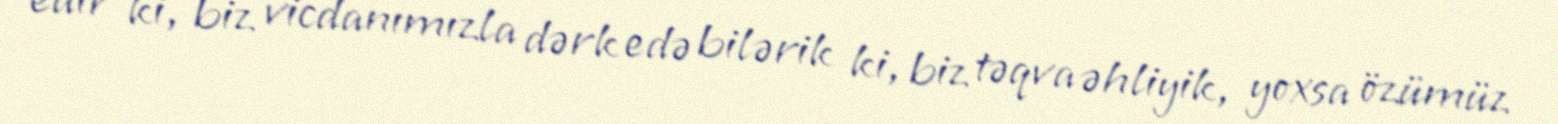
edir ki, biz vicdanımızla dərk edə bilərik ki, biz təqva əhliyik, yoxsa özümüz